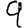
Digit: 9